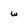
Character: w